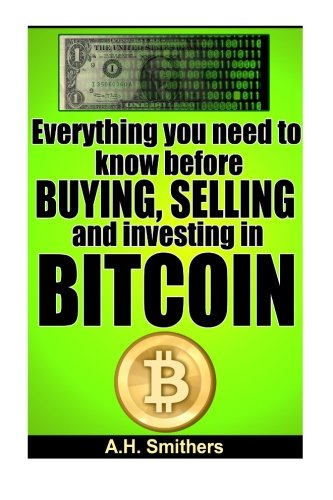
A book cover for Everything you need to know about buying, selling and investing in Bitcoin (New Technology - New money) (Volume 2); A. H Smithers; Computers & Technology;